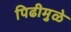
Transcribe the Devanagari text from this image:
पिढीमुळे